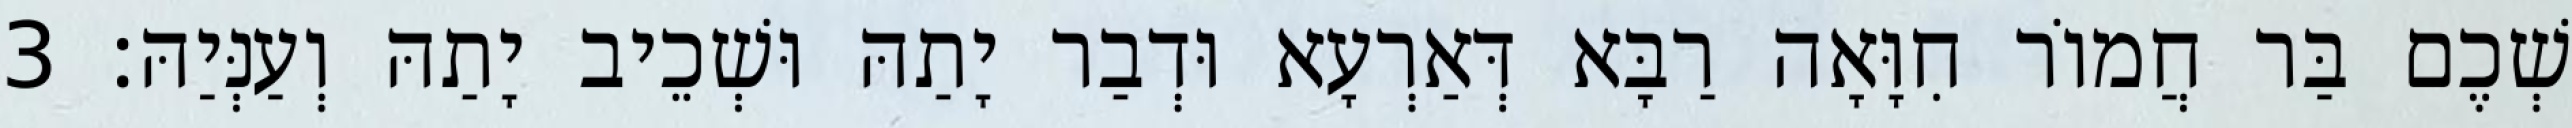
שְׁכֶם בַּר חֲמוֹר חִוָּאָה רַבָּא דְּאַרְעָא וּדְבַר יָתַהּ וּשְׁכֵיב יָתַהּ וְעַנְּיַהּ׃ 3